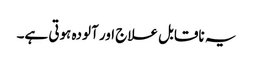
یہ ناقابل علاج اور آلودہ ہوتی ہے۔